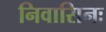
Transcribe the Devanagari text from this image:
निवासिनः